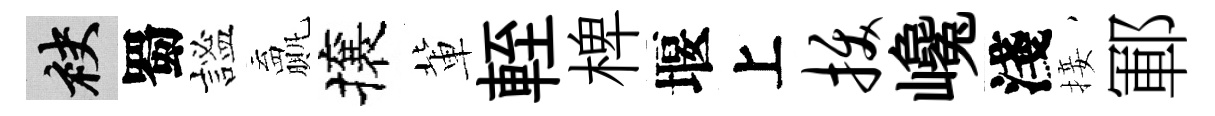
袂蜀謐贏攘軰輊椑堰上拔巉淺接鄆